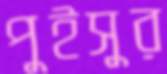
পুইসুর